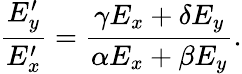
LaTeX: {\frac{E_{y}^{\prime}}{E_{x}^{\prime}}}={\frac{\gamma E_{x}+\delta E_{y}}{\alpha E_{x}+\beta E_{y}}}.